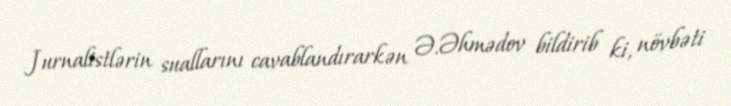
Jurnalistlərin suallarını cavablandırarkən Ə.Əhmədov bildirib ki, növbəti